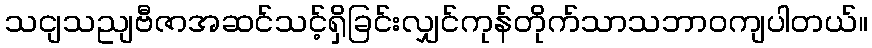
သငျသညျဗီဇာအဆင်သင့်ရှိခြင်းလျှင်ကုန်တိုက်သာသဘာဝကျပါတယ်။